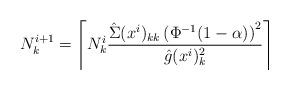
LaTeX: \begin{align*} N_k^{i+1}=\left\lceil N_k^{i}\frac{\hat{\Sigma}(x^i)_{kk}\left(\Phi^{-1}(1-\alpha)\right)^2}{\hat{g}(x^i)^2_k}\right\rceil\end{align*}